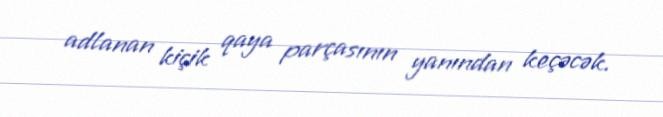
adlanan kiçik qaya parçasının yanından keçəcək.